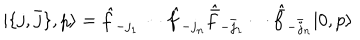
| \{ j , \bar { j } \} , p \rangle = \hat { f } _ { - j _ { 1 } } \cdots \hat { f } _ { - j _ { n } } \hat { \bar { f } } _ { - \bar { j } _ { 1 } } \cdots \hat { \bar { f } } _ { - \bar { j } _ { n } } | 0 , p \rangle